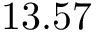
1 3 . 5 7